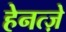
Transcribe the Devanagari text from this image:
हेनत्ज़े